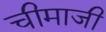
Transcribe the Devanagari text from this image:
चीमाजी